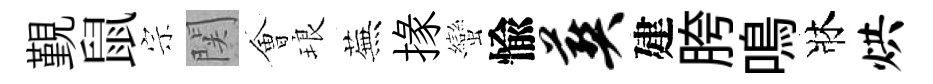
覲鼠宗関㑹琅蕪掾蠻愉葬建胯鳴牀烘